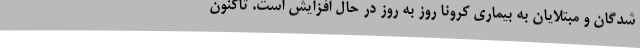
شدگان و مبتلایان به بیماری کرونا روز به روز در حال افزایش است. تاکنون